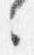
々